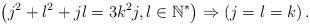
LaTeX: \begin{align*} \left( j^{2}+l^{2}+ jl=3k^{2}j,l\in\mathbb{N}^*\right) \Rightarrow\left( j=l=k\right) . \end{align*}